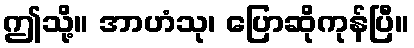
ဤသို့။ အာဟံသု၊ ပြောဆိုကုန်ပြီ။